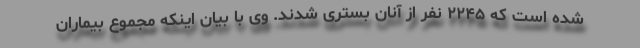
شده است که ۲۲۴۵ نفر از آنان بستری شدند. وی با بیان اینکه مجموع بیماران